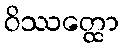
ဝိဿတ္ထော